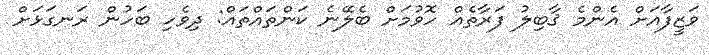
ވަޒީފާއަށް އެންމެ ޤާބިލު ފަރާތެއް ހޮވުމަށް ބެލޭނެ ކަންތައްތައް: ދިވެހި ބަހުން ރަނގަޅަށް